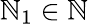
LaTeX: \mathbb{N}_{1}\in\mathbb{{\mathbb{N}}}